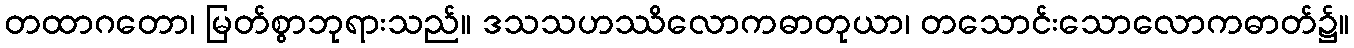
တထာဂတော၊ မြတ်စွာဘုရားသည်။ ဒသသဟဿိလောကဓာတုယာ၊ တသောင်းသောလောကဓာတ်၌။